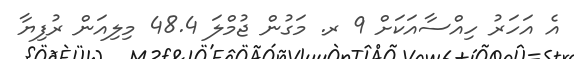
އެ އަހަރު ހިއްސާއަކަށް 9 ރ. މަގުން ޖުމްލަ 48.4 މިލިއަން ރުފިޔާ